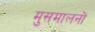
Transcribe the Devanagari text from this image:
मुसमालनों